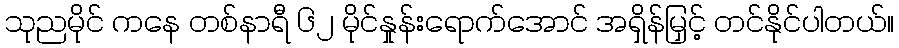
သုညမိုင် ကနေ တစ်နာရီ ၆၂ မိုင်နှုန်းရောက်အောင် အရှိန်မြှင့် တင်နိုင်ပါတယ်။